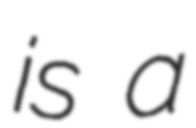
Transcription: is a